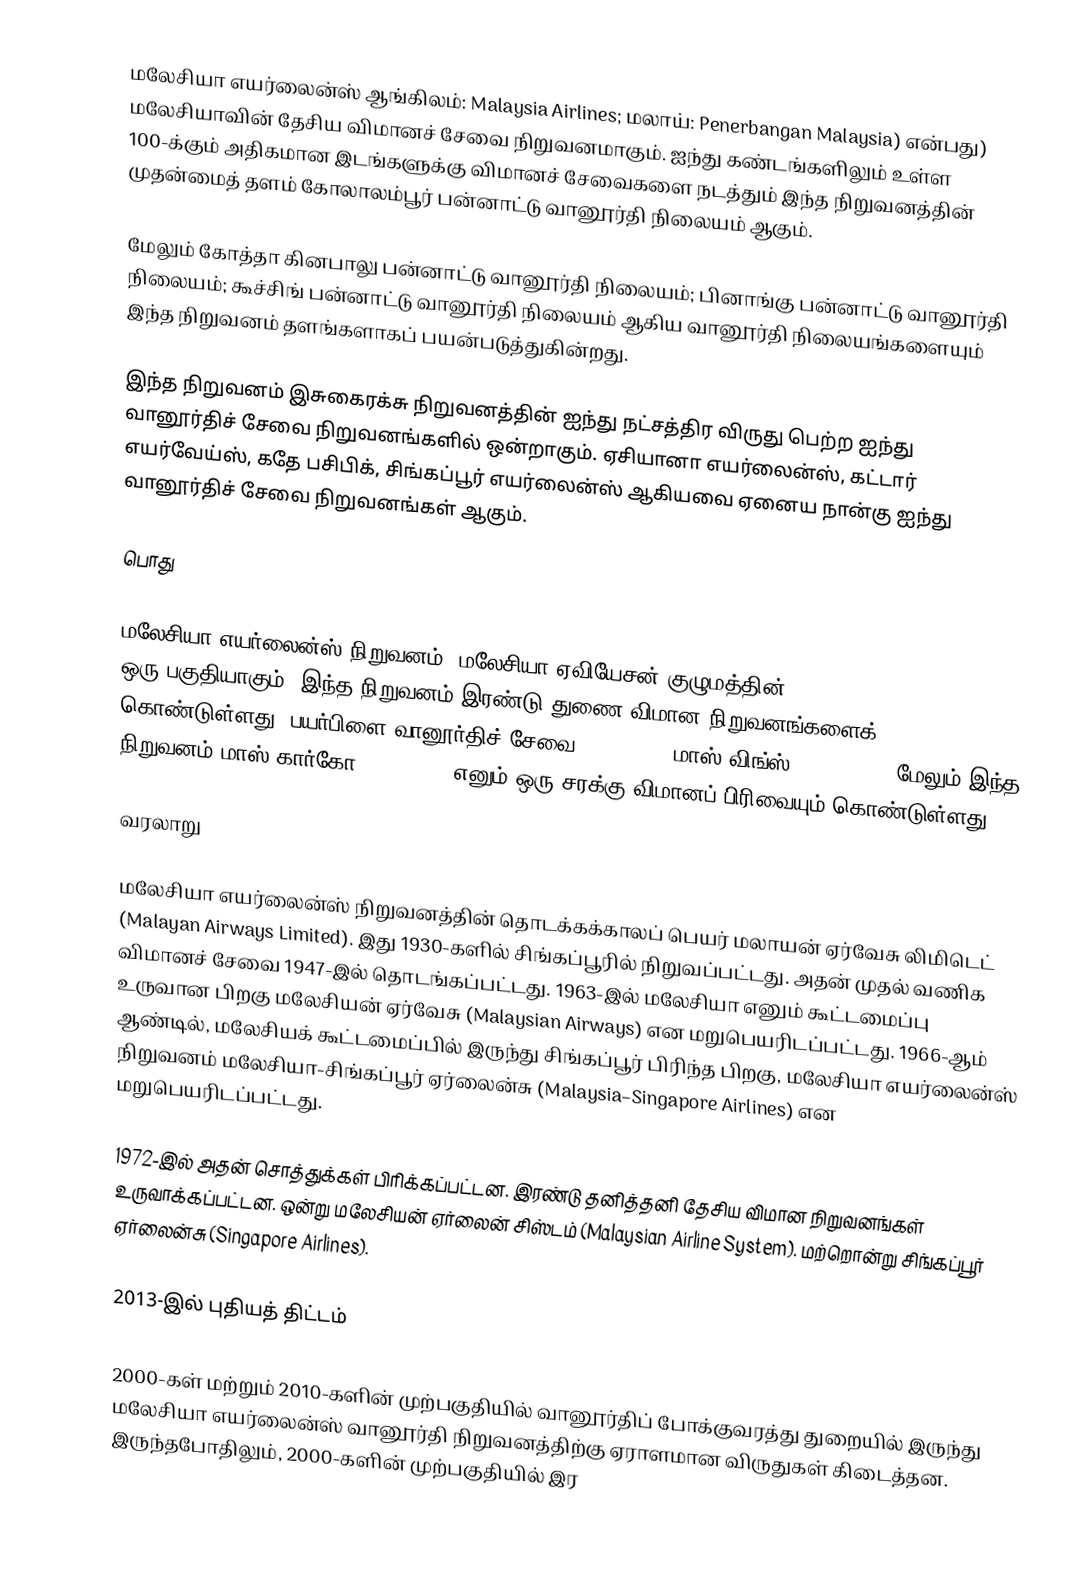
மலேசியா எயர்லைன்ஸ் ஆங்கிலம்: Malaysia Airlines; மலாய்: Penerbangan Malaysia) என்பது) மலேசியாவின் தேசிய விமானச் சேவை நிறுவனமாகும். ஐந்து கண்டங்களிலும் உள்ள 100-க்கும் அதிகமான இடங்களுக்கு விமானச் சேவைகளை நடத்தும் இந்த நிறுவனத்தின் முதன்மைத் தளம் கோலாலம்பூர் பன்னாட்டு வானூர்தி நிலையம் ஆகும்.

மேலும் கோத்தா கினபாலு பன்னாட்டு வானூர்தி நிலையம்; பினாங்கு பன்னாட்டு வானூர்தி நிலையம்; கூச்சிங் பன்னாட்டு வானூர்தி நிலையம் ஆகிய வானூர்தி நிலையங்களையும் இந்த நிறுவனம் தளங்களாகப் பயன்படுத்துகின்றது.

இந்த நிறுவனம் இசுகைரக்சு நிறுவனத்தின் ஐந்து நட்சத்திர விருது பெற்ற ஐந்து வானூர்திச் சேவை நிறுவனங்களில் ஒன்றாகும். ஏசியானா எயர்லைன்ஸ், கட்டார் எயர்வேய்ஸ், கதே பசிபிக், சிங்கப்பூர் எயர்லைன்ஸ் ஆகியவை ஏனைய நான்கு ஐந்து வானூர்திச் சேவை நிறுவனங்கள் ஆகும்.

பொது

மலேசியா எயர்லைன்ஸ் நிறுவனம், மலேசியா ஏவியேசன் குழுமத்தின் (Malaysia Aviation Group) ஒரு பகுதியாகும், இந்த நிறுவனம் இரண்டு துணை விமான நிறுவனங்களைக் கொண்டுள்ளது: பயர்பிளை வானூர்திச் சேவை (Firefly); மாஸ் விங்ஸ் (MASwings). மேலும் இந்த நிறுவனம் மாஸ் கார்கோ (MASkargo) எனும் ஒரு சரக்கு விமானப் பிரிவையும் கொண்டுள்ளது:

வரலாறு

மலேசியா எயர்லைன்ஸ் நிறுவனத்தின் தொடக்கக்காலப் பெயர் மலாயன் ஏர்வேசு லிமிடெட் (Malayan Airways Limited). இது 1930-களில் சிங்கப்பூரில் நிறுவப்பட்டது. அதன் முதல் வணிக விமானச் சேவை 1947-இல் தொடங்கப்பட்டது. 1963-இல் மலேசியா எனும் கூட்டமைப்பு உருவான பிறகு மலேசியன் ஏர்வேசு (Malaysian Airways) என மறுபெயரிடப்பட்டது. 1966-ஆம் ஆண்டில், மலேசியக் கூட்டமைப்பில் இருந்து சிங்கப்பூர் பிரிந்த பிறகு, மலேசியா எயர்லைன்ஸ் நிறுவனம் மலேசியா-சிங்கப்பூர் ஏர்லைன்சு (Malaysia–Singapore Airlines) என மறுபெயரிடப்பட்டது.

1972-இல் அதன் சொத்துக்கள் பிரிக்கப்பட்டன. இரண்டு தனித்தனி தேசிய விமான நிறுவனங்கள் உருவாக்கப்பட்டன. ஒன்று மலேசியன் ஏர்லைன் சிஸ்டம் (Malaysian Airline System). மற்றொன்று சிங்கப்பூர் ஏர்லைன்சு (Singapore Airlines).

2013-இல் புதியத் திட்டம்

2000-கள் மற்றும் 2010-களின் முற்பகுதியில் வானூர்திப் போக்குவரத்து துறையில் இருந்து மலேசியா எயர்லைன்ஸ் வானூர்தி நிறுவனத்திற்கு ஏராளமான விருதுகள் கிடைத்தன. இருந்தபோதிலும், 2000-களின் முற்பகுதியில் இர